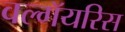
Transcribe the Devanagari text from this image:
वल्गॅयरिस